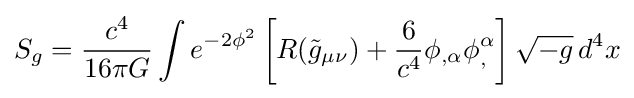
S_{g}={c^{4} \over 16\pi G}\int e^{-2\phi ^{2}}\left[R({\tilde {g}}_{\mu \nu })+{\dfrac {6}{c^{4}}}\phi _{,\alpha }\phi _{,}^{\alpha }\right]{\sqrt {-g}}\,d^{4}x